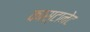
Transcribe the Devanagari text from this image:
कास्टानेट